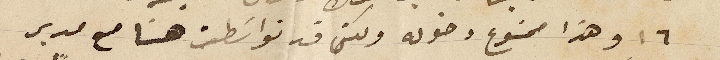
١٦ وهذا ممنوع دخوله ولكني قد تواسطت هنا مع مدير